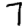
Digit: 7